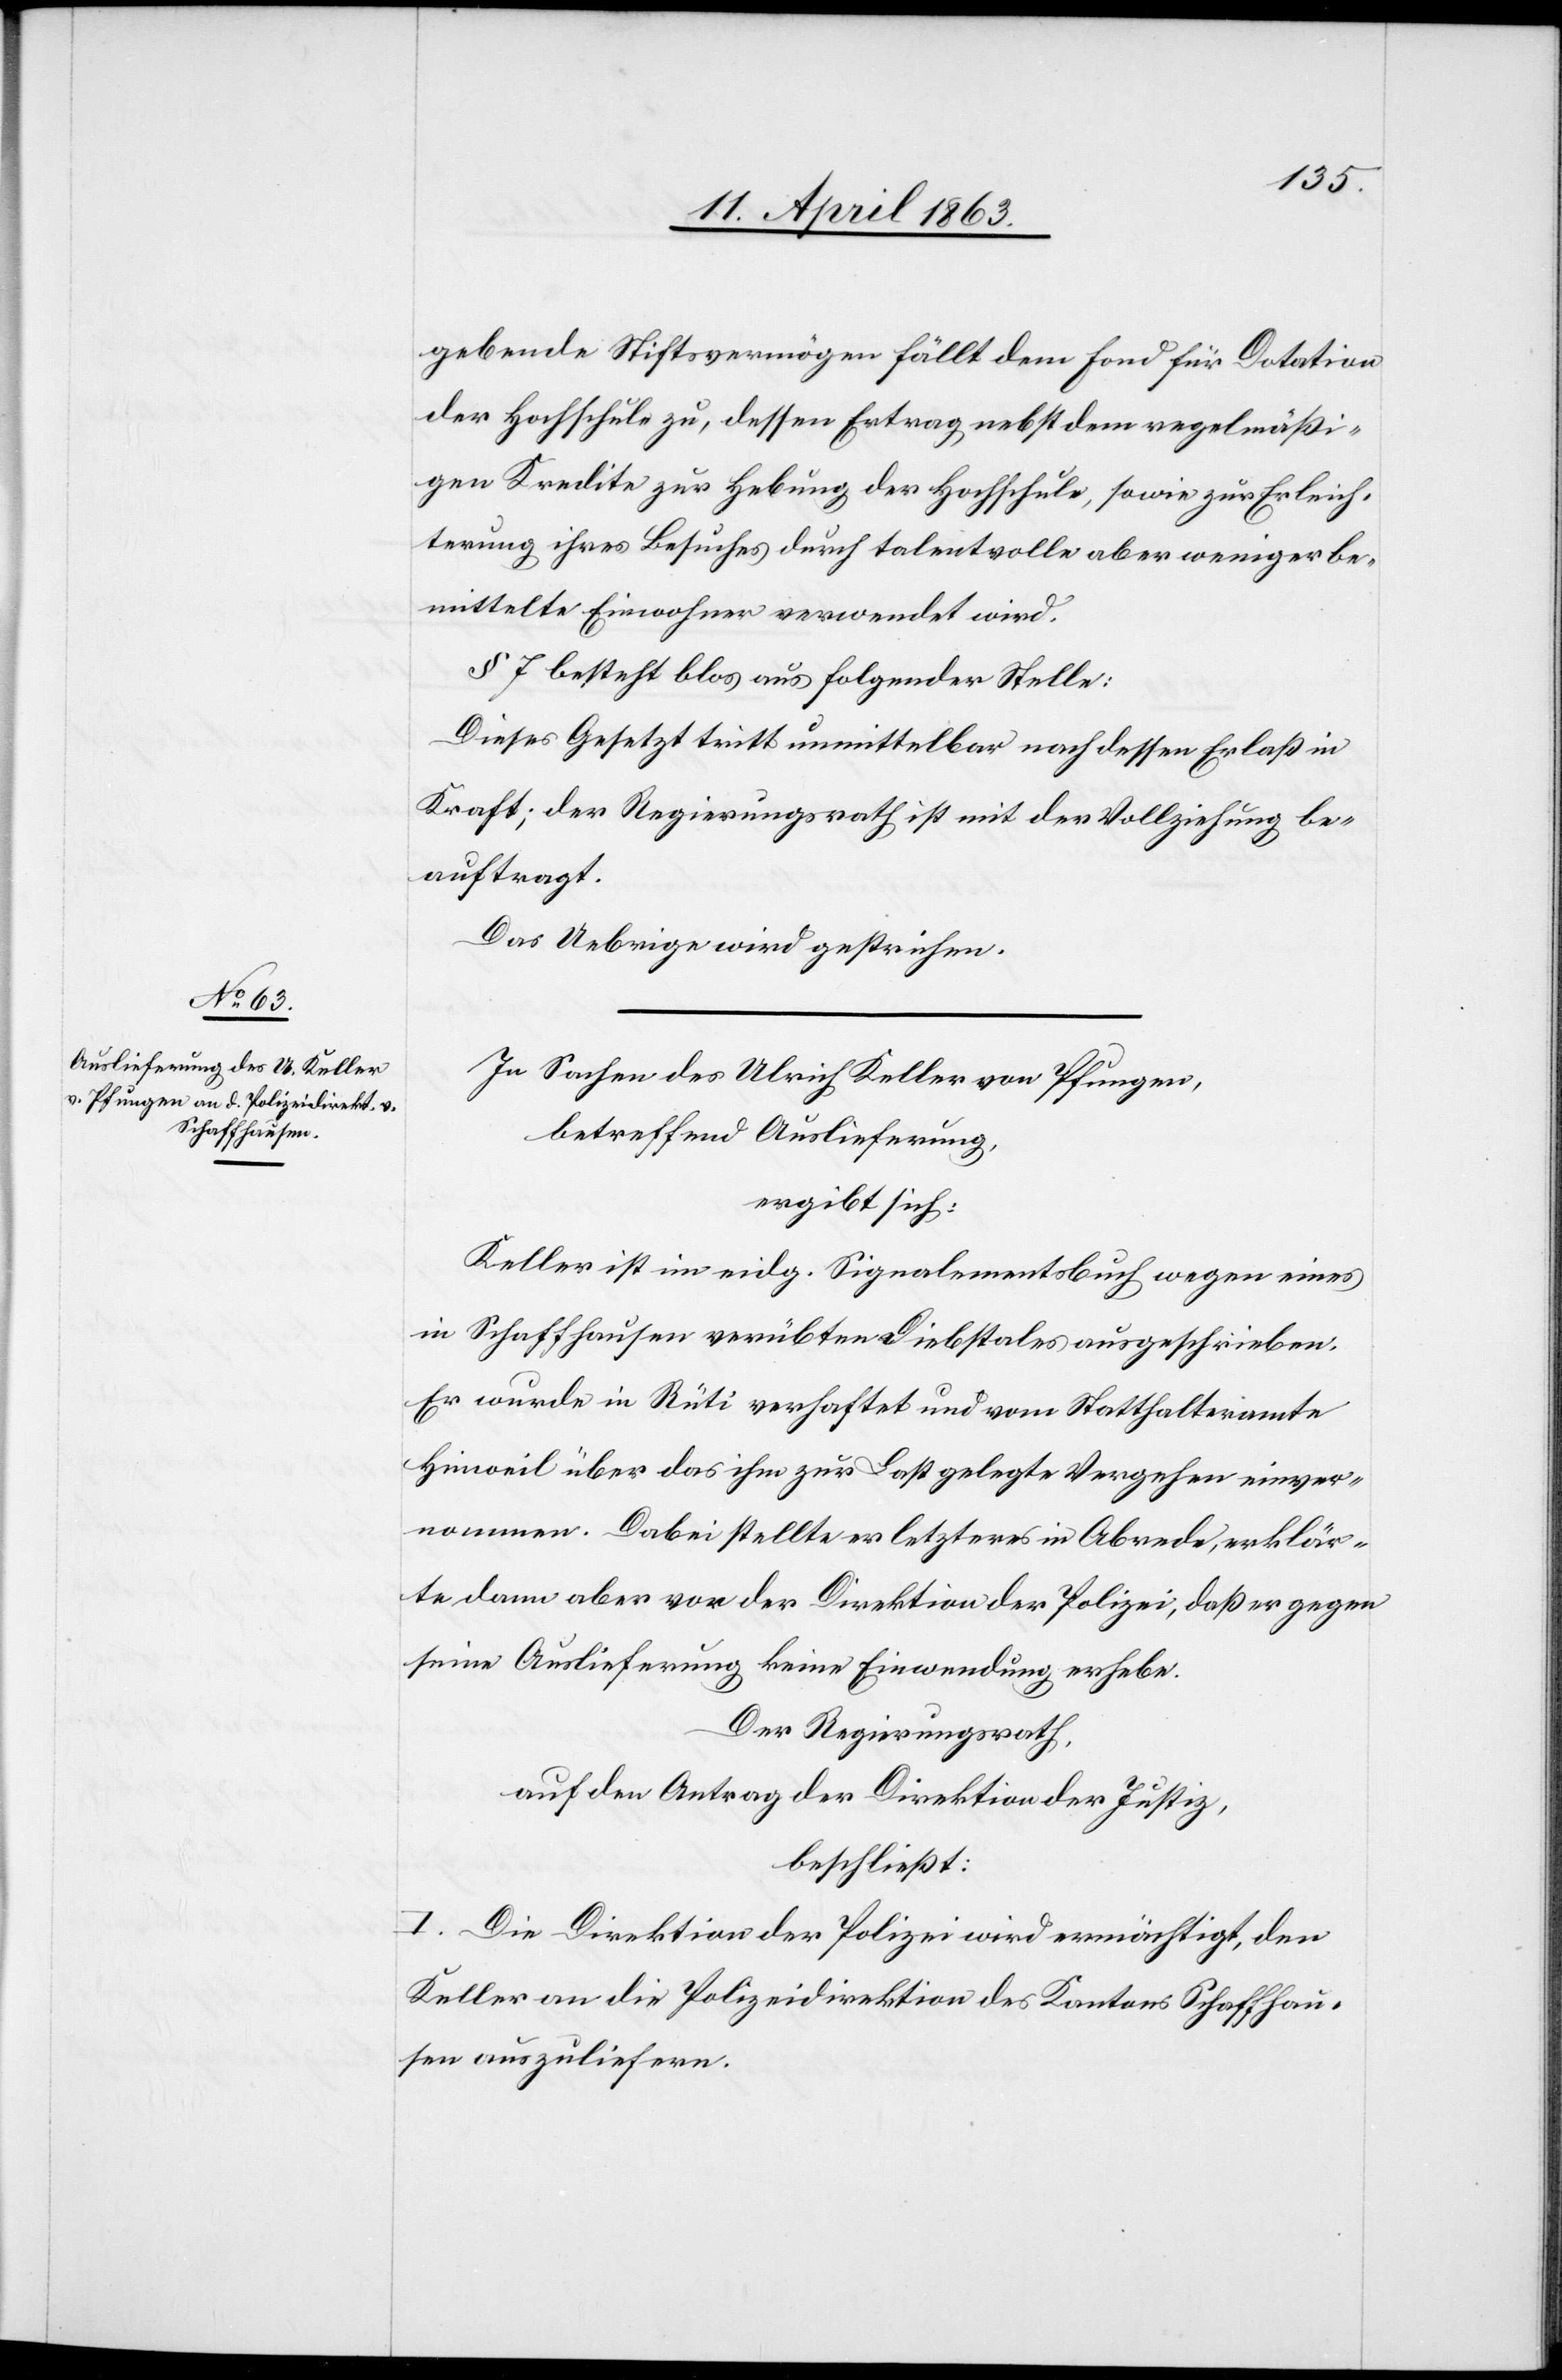
gebende Stiftsvermögen fällt dem Fond für Dotation
der Hochschule zu, dessen Ertrag nebst dem regelmäßi¬
gen Kredite zur Hebung der Hochschule, sowie zur Erleich¬
terung ihres Besuches durch talentvolle aber weniger be¬
mittelte Einwohner verwendet wird.
§ 7 besteht blos aus folgender Stelle:
Dieses Gesetzt [sic!] tritt unmittelbar nach dessen Erlaß in
Kraft; der Regierungsrath ist mit der Vollziehung be¬
auftragt.
Das Uebrige wird gestrichen.
In Sachen des Ulrich Keller von Pfungen,
betreffend Auslieferung,
ergibt sich:
Keller ist im eidg. Signalementsbuch wegen eines
in Schaffhausen verübten Diebstales ausgeschrieben.
Er wurde in Rüti verhaftet und vom Statthalteramte
Hinweil über das ihm zur Last gelegte Vergehen einver¬
nommen. Dabei stellte er letzteres in Abrede, erklär¬
te dann aber vor der Direktion der Polizei, daß er gegen
seine Auslieferung keine Einwendung erhebe.
Der Regierungsrath,
auf den Antrag der Direktion der Justiz,
beschließt:
I. Die Direktion der Polizei wird ermächtigt, den
Keller an die Polizeidirektion des Kantons Schaffhau¬
sen auszuliefern.